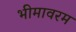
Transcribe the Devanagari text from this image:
भीमावरम